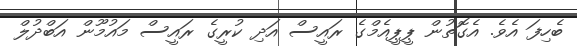
ބެހިފަ އެވެ. އެގޮތުން ޕީޕީއެމްގެ ރައީސް އަދި ކުރީގެ ރައީސް މައުމޫން އަބްދުލް